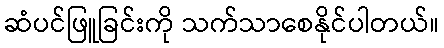
ဆံပင်ဖြူခြင်းကို သက်သာစေနိုင်ပါတယ်။